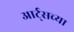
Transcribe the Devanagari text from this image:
आर्ट्‌सच्या